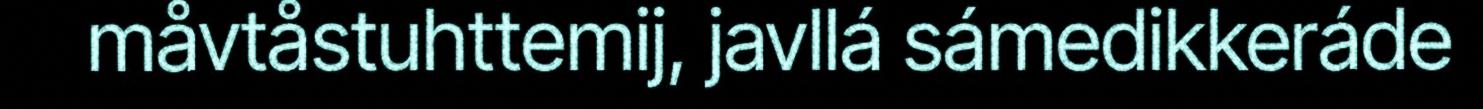
måvtåstuhttemij, javllá sámedikkeráde